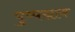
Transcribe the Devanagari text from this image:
पुष्पस्राव